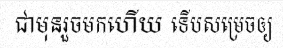
ជាមុនរួចមកហើយ ទើបសម្រេចឲ្យ